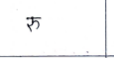
मजकूर: रु